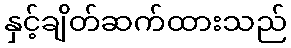
နှင့်ချိတ်ဆက်ထားသည်